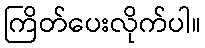
ကြိတ်ပေးလိုက်ပါ။